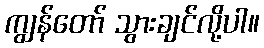
ကျွန်တော် သွားချင်လို့ပါ။